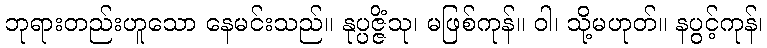
ဘုရားတည်းဟူသော နေမင်းသည်။ နုပ္ပဇ္ဇိံသု၊ မဖြစ်ကုန်။ ဝါ၊ သို့မဟုတ်။ နပွင့်ကုန်၊